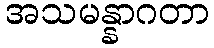
အသမန္နာဂတာ